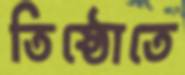
তিষ্ঠোতে